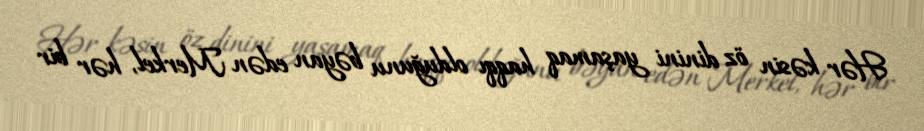
Hər kəsin öz dinini yaşamaq haqqı olduğunu bəyan edən Merkel, hər bir